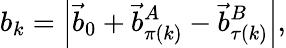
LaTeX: b_{k}=\left|\vec{b}_{0}+\vec{b}_{\pi(k)}^{A}-\vec{b}_{\tau(k)}^{B}\right|,